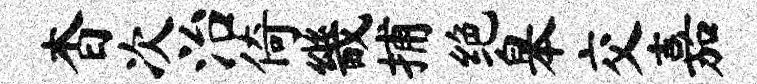
杳次治倚畿捕绝皋交嘉